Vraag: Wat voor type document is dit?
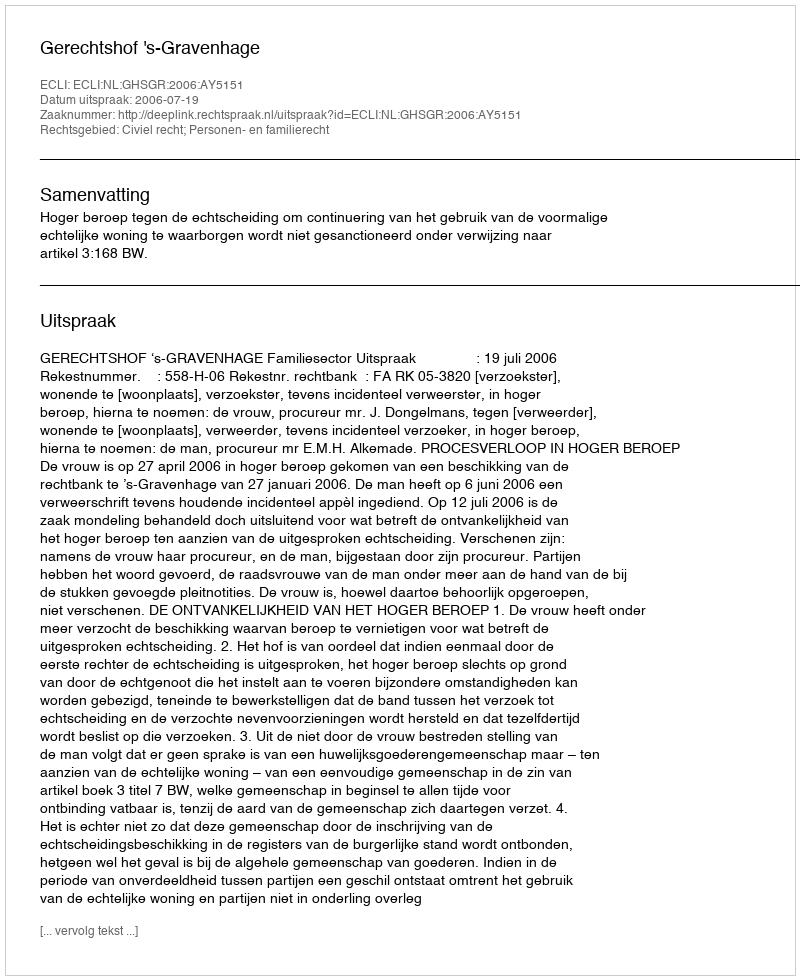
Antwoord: Uitspraak